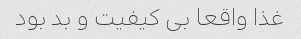
غذا واقعا بی کیفیت و بد بود